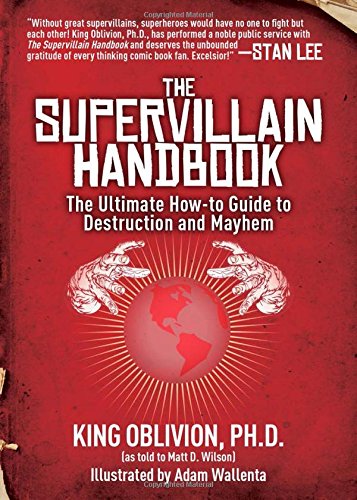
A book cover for The Supervillain Handbook: The Ultimate How-to Guide to Destruction and Mayhem; King Oblivion; Humor & Entertainment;